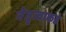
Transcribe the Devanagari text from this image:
नेतृत्वाकडे